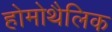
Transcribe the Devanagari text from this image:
होमोथैलिक